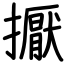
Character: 擫